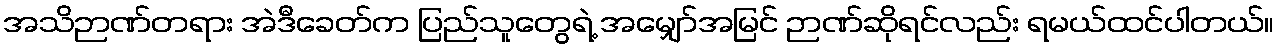
အသိဉာဏ်တရား အဲဒီခေတ်က ပြည်သူတွေရဲ့ အမျှော်အမြင် ဉာဏ်ဆိုရင်လည်း ရမယ်ထင်ပါတယ်။